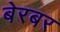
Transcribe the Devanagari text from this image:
बेरबर